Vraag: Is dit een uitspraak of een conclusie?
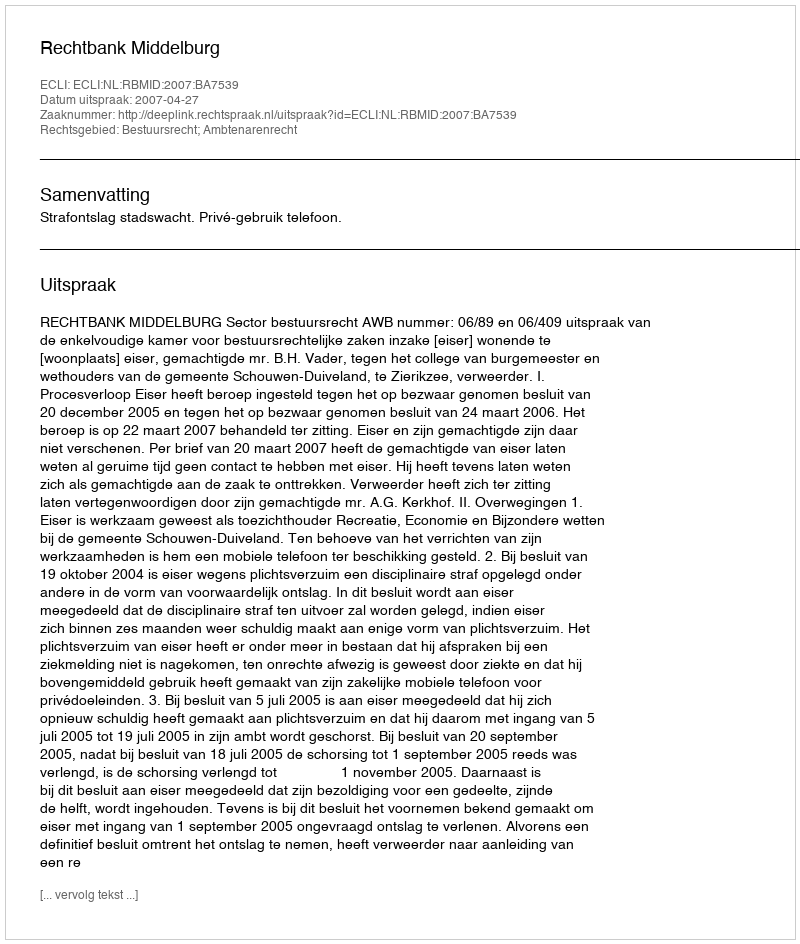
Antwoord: Uitspraak